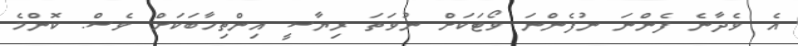
އެ ވެދާނެ ފެންނަ ނުފެންނަ ވޯޓަކަށް ނުވަތަ ރިޔާސީ އިންތިހާބަކަށް ވެސް. ކޮންމެ